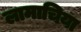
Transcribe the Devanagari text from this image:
लामाचिया